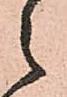
之